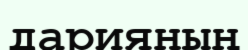
дарияның